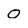
Character: 0